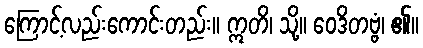
ကြောင့်လည်းကောင်းတည်း။ ဣတိ၊ သို့။ ဝေဒိတဗ္ဗံ၊ ၏။